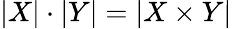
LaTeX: |X|\cdot|Y|=|X\times Y|